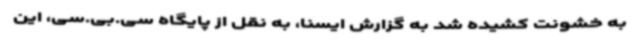
به خشونت کشیده شد به گزارش ایسنا، به نقل از پایگاه سی.بی.سی، این